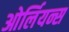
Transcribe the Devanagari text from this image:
ओर्लियन्स